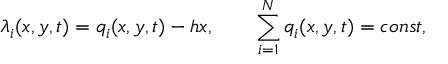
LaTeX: \lambda _ { i } ( x , y , t ) = q _ { i } ( x , y , t ) - h x , \qquad \sum _ { i = 1 } ^ { N } q _ { i } ( x , y , t ) = c o n s t ,